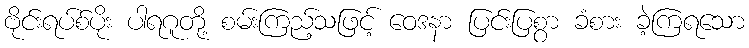
ဗိုင်းရပ်စ်ပိုး ပါရဂူတို့ စမ်းကြည့်သဖြင့် ဝေဒနာ ပြင်းပြစွာ ခံစား ခဲ့ကြရသော